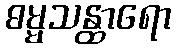
ဓမ္မသန္ထာရော